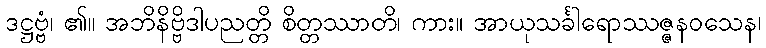
ဒဋ္ဌဗ္ဗံ၊ ၏။ အဘိနိဗ္ဗိဒါပညတ္တိ စိတ္တဿာတိ၊ ကား။ အာယုသင်္ခါရောဿဇ္ဇနဝသေန၊